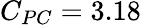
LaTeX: C_{PC}=3.18